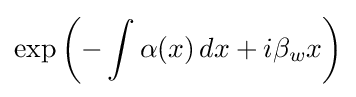
\exp \left(-\int \alpha (x)\,dx+i\beta _{w}x\right)